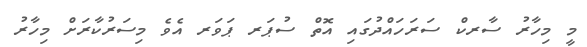
މީ މިހާރު ސާރކް ސަރަހައްދުގައި އޮތް ސުޕަރ ޕަވަރ އެވެ މިސަރުކާރަށް މިހާރު